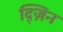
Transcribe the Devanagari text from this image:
द्ज़िन